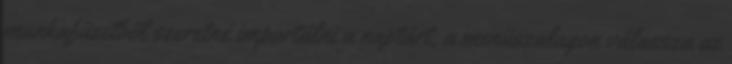
munkafüzetből szeretné importálni a naptárt, a menüszalagon válassza az